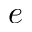
e